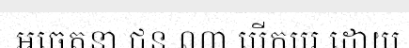
អចេតនា ជន ណា បើកបរ ដោយ